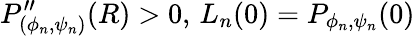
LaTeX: P_{(\phi_{n},\psi_{n})}^{\prime\prime}(R)>0,\, L_{n}(0)=P_{\phi_{n},\psi_{n}}(0)